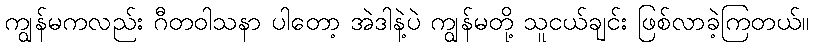
ကျွန်မကလည်း ဂီတဝါသနာ ပါတော့ အဲဒါနဲ့ပဲ ကျွန်မတို့ သူငယ်ချင်း ဖြစ်လာခဲ့ကြတယ်။